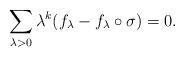
LaTeX: \begin{align*}\sum_{\lambda>0} \lambda^k (f_{\lambda} - f_{\lambda} \circ \sigma) = 0.\end{align*}